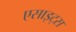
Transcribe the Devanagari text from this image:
एसाइट्स